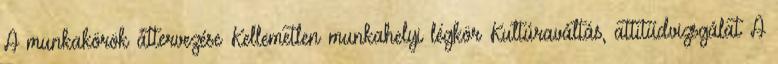
A munkakörök áttervezése Kellemetlen munkahelyi légkör Kultúraváltás, attitűdvizsgálat A